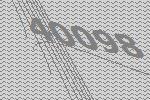
40098